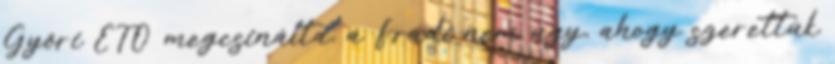
Győri ETO megcsinálta, a Fradi nem úgy, ahogy szerettük